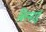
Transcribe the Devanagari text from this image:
बिस्माई